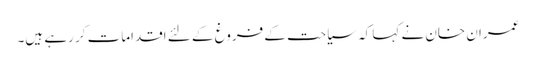
عمران خان نے کہا کہ سیاحت کے فروغ کے لئے اقدامات کر رہے ہیں۔